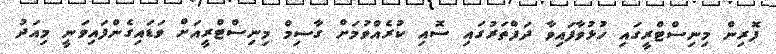
ފޮރިން މިނިސްޓްރީގައި ހުޅުވާފައިވާ ދަފްތަރުގައި ސޮއި ކުރެއްވުމަށް ގާސިމް މިނިސްޓްރީއަށް ވަޑައިގެންފައިވަނީ މިއަދު